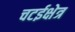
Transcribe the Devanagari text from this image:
चटईक्षेत्र